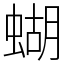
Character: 蝴